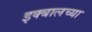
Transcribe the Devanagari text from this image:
इक्बालच्या